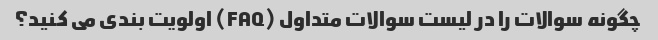
چگونه سوالات را در لیست سوالات متداول (FAQ) اولویت بندی می کنید؟